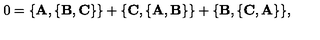
0 = \{ { \bf A } , \{ { \bf B } , { \bf C } \} \} + \{ { \bf C } , \{ { \bf A } , { \bf B } \} \} + \{ { \bf B } , \{ { \bf C } , { \bf A } \} \} ,